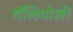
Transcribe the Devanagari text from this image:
गॅलिपोली